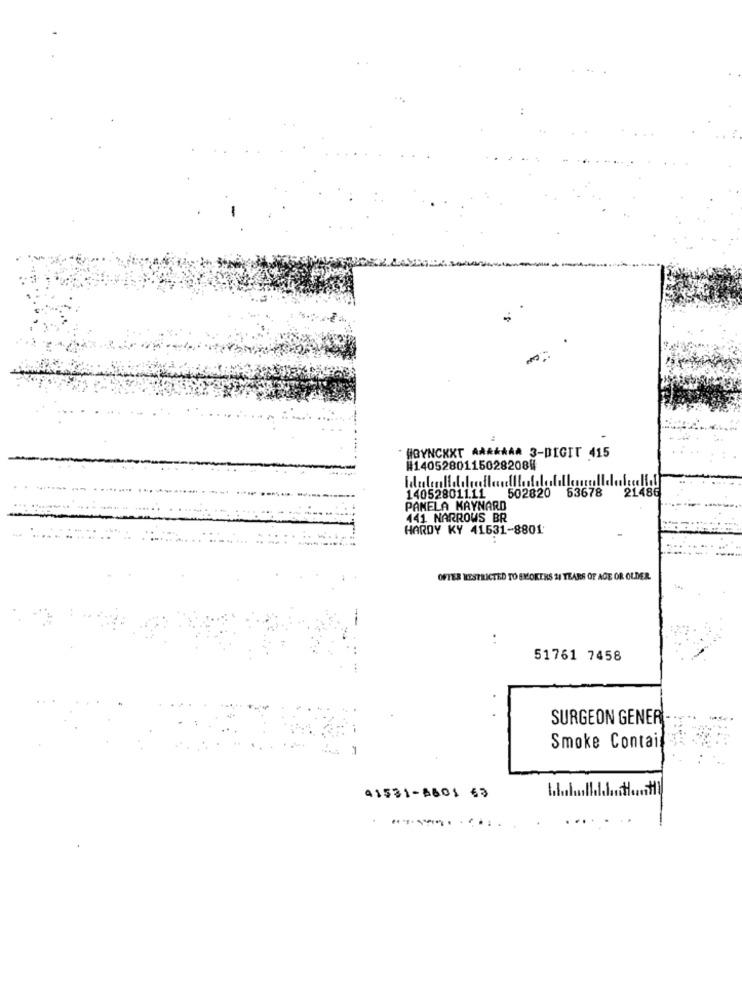
HOYNCKXT A ****** 3-DIGIT 415
#1405280115028208#
14052801111 502820 63678
21.486
PAMELA KAYNARD
441 NARROWS BR
HARDY KY 41531-8801
OFTER RESTRICTED TO SMOKERS 11 YEARS OF AGE OR OLDER.
51761 7458
SURGEON GENER
Smoke Contai
41531-6601 63